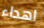
اهداء